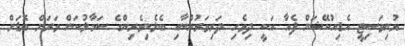
ޔުނިވަސިޓީ އެޑިއުކޭޝަން ފެއާ އަކީ ދިވެހި ދަރިވަރުންނާއި ބެލެނިވެރިންގެ ސަމާލުކަން ވަރަށް ބޮޑަށް